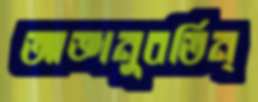
আজ্ঞানুবর্তিন্